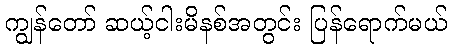
ကျွန်တော် ဆယ့်ငါးမိနစ်အတွင်း ပြန်ရောက်မယ်